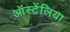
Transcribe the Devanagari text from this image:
ऑस्टेंलिया